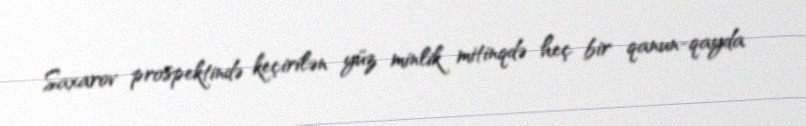
Saxarov prospektində keçirilən yüz minlik mitinqdə heç bir qanun-qayda